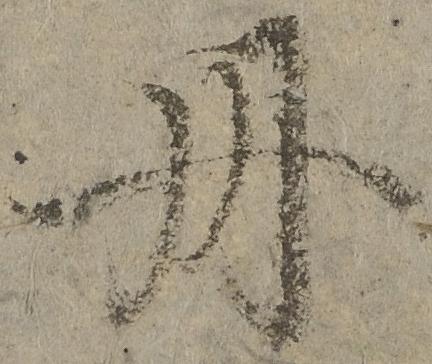
丹